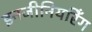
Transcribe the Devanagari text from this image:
इनजीनियरिँग